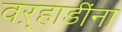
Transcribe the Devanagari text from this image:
वऱ्हाडींना